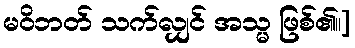
မဝိဘတ် သက်လျှင် အသ္မ ဖြစ်၏။]